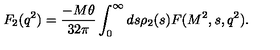
F _ { 2 } ( q ^ { 2 } ) = { \frac { - M \theta } { 3 2 \pi } } \int _ { 0 } ^ { \infty } d s \rho _ { 2 } ( s ) F ( M ^ { 2 } , s , q ^ { 2 } ) .